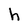
Character: h